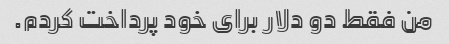
من فقط دو دلار برای خود پرداخت کردم.